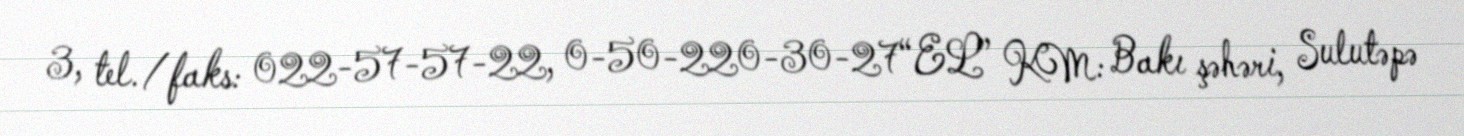
3, tel./faks: 022-57-57-22, 0-50-220-30-27“EL” KM: Bakı şəhəri, Sulutəpə